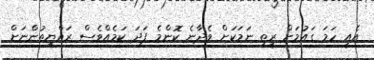
އެއީ ހަމަ ގައުމަށް ރީތި ނަމަކަށް ވެދާނެ ކޮންމެ ފަދަ ކަމެއްވެސް ރައްޔިތުންނަށް